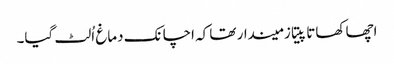
اچھا کھاتا پیتا زمیندار تھا کہ اچانک دماغ اُلٹ گیا۔